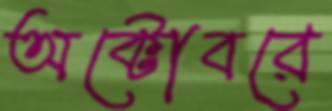
অক্টোবরে